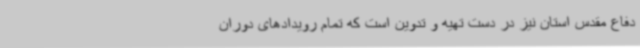
دفاع مقدس استان نیز در دست تهیه و تدوین است که تمام رویدادهای دوران